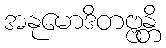
အနုမောဒိတဗ္ဗန္တိ